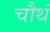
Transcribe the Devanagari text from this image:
चौथं